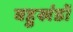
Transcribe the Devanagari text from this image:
बहुखंडों